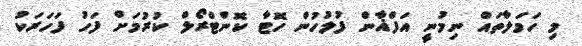
މި ހަމަލާތައް ނިމުނީ އަފްޣާން ފުލުހުން ހޮޓާ ކޮންޓްރޯލް ކުރުމަށް ފަހު ފަހަރަކު